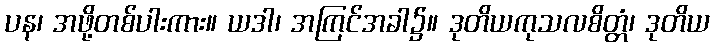
ပန၊ အဖို့တစ်ပါးကား။ ယဒါ၊ အကြင်အခါ၌။ ဒုတိယကုသလစိတ္တံ၊ ဒုတိယ